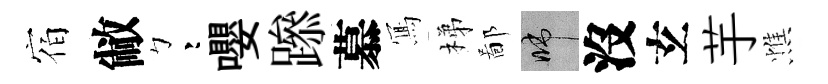
宿敝彎嚶𨅶慕𭂁梯鄙啼沒𤣥芋憔